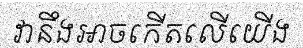
វានឹងអាចកើតលើយើង